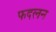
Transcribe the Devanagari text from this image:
फदलन